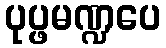
ပုပ္ဖမဏ္ဍပေ